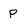
Character: P